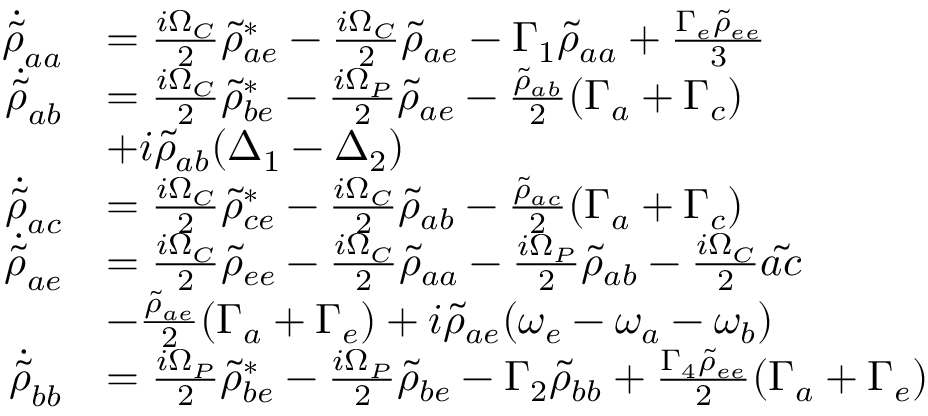
\begin{array} { r l } { \Dot { \Tilde { \rho } } _ { a a } } & { = \frac { i \Omega _ { C } } { 2 } \Tilde { \rho } _ { a e } ^ { * } - \frac { i \Omega _ { C } } { 2 } \Tilde { \rho } _ { a e } - \Gamma _ { 1 } \Tilde { \rho } _ { a a } + \frac { \Gamma _ { e } \Tilde { \rho } _ { e e } } { 3 } } \\ { \Dot { \Tilde { \rho } } _ { a b } } & { = \frac { i \Omega _ { C } } { 2 } \Tilde { \rho } _ { b e } ^ { * } - \frac { i \Omega _ { P } } { 2 } \Tilde { \rho } _ { a e } - \frac { \Tilde { \rho } _ { a b } } { 2 } ( \Gamma _ { a } + \Gamma _ { c } ) } \\ & { + i \Tilde { \rho } _ { a b } ( \Delta _ { 1 } - \Delta _ { 2 } ) } \\ { \dot { \Tilde { \rho } } _ { a c } } & { = \frac { i \Omega _ { C } } { 2 } \Tilde { \rho } _ { c e } ^ { * } - \frac { i \Omega _ { C } } { 2 } \Tilde { \rho } _ { a b } - \frac { \Tilde { \rho } _ { a c } } { 2 } ( \Gamma _ { a } + \Gamma _ { c } ) } \\ { \Dot { \Tilde { \rho } } _ { a e } } & { = \frac { i \Omega _ { C } } { 2 } \Tilde { \rho } _ { e e } - \frac { i \Omega _ { C } } { 2 } \Tilde { \rho } _ { a a } - \frac { i \Omega _ { P } } { 2 } \Tilde { \rho } _ { a b } - \frac { i \Omega _ { C } } { 2 } \Tilde { a c } } \\ & { - \frac { \Tilde { \rho } _ { a e } } { 2 } ( \Gamma _ { a } + \Gamma _ { e } ) + i \Tilde { \rho } _ { a e } ( \omega _ { e } - \omega _ { a } - \omega _ { b } ) } \\ { \dot { \Tilde { \rho } } _ { b b } } & { = \frac { i \Omega _ { P } } { 2 } \Tilde { \rho } _ { b e } ^ { * } - \frac { i \Omega _ { P } } { 2 } \Tilde { \rho } _ { b e } - \Gamma _ { 2 } \Tilde { \rho } _ { b b } + \frac { \Gamma _ { 4 } \Tilde { \rho } _ { e e } } { 2 } ( \Gamma _ { a } + \Gamma _ { e } ) } \end{array}